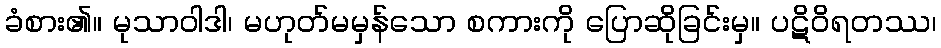
ခံစား၏။ မုသာဝါဒါ၊ မဟုတ်မမှန်သော စကားကို ပြောဆိုခြင်းမှ။ ပဋိဝိရတဿ၊